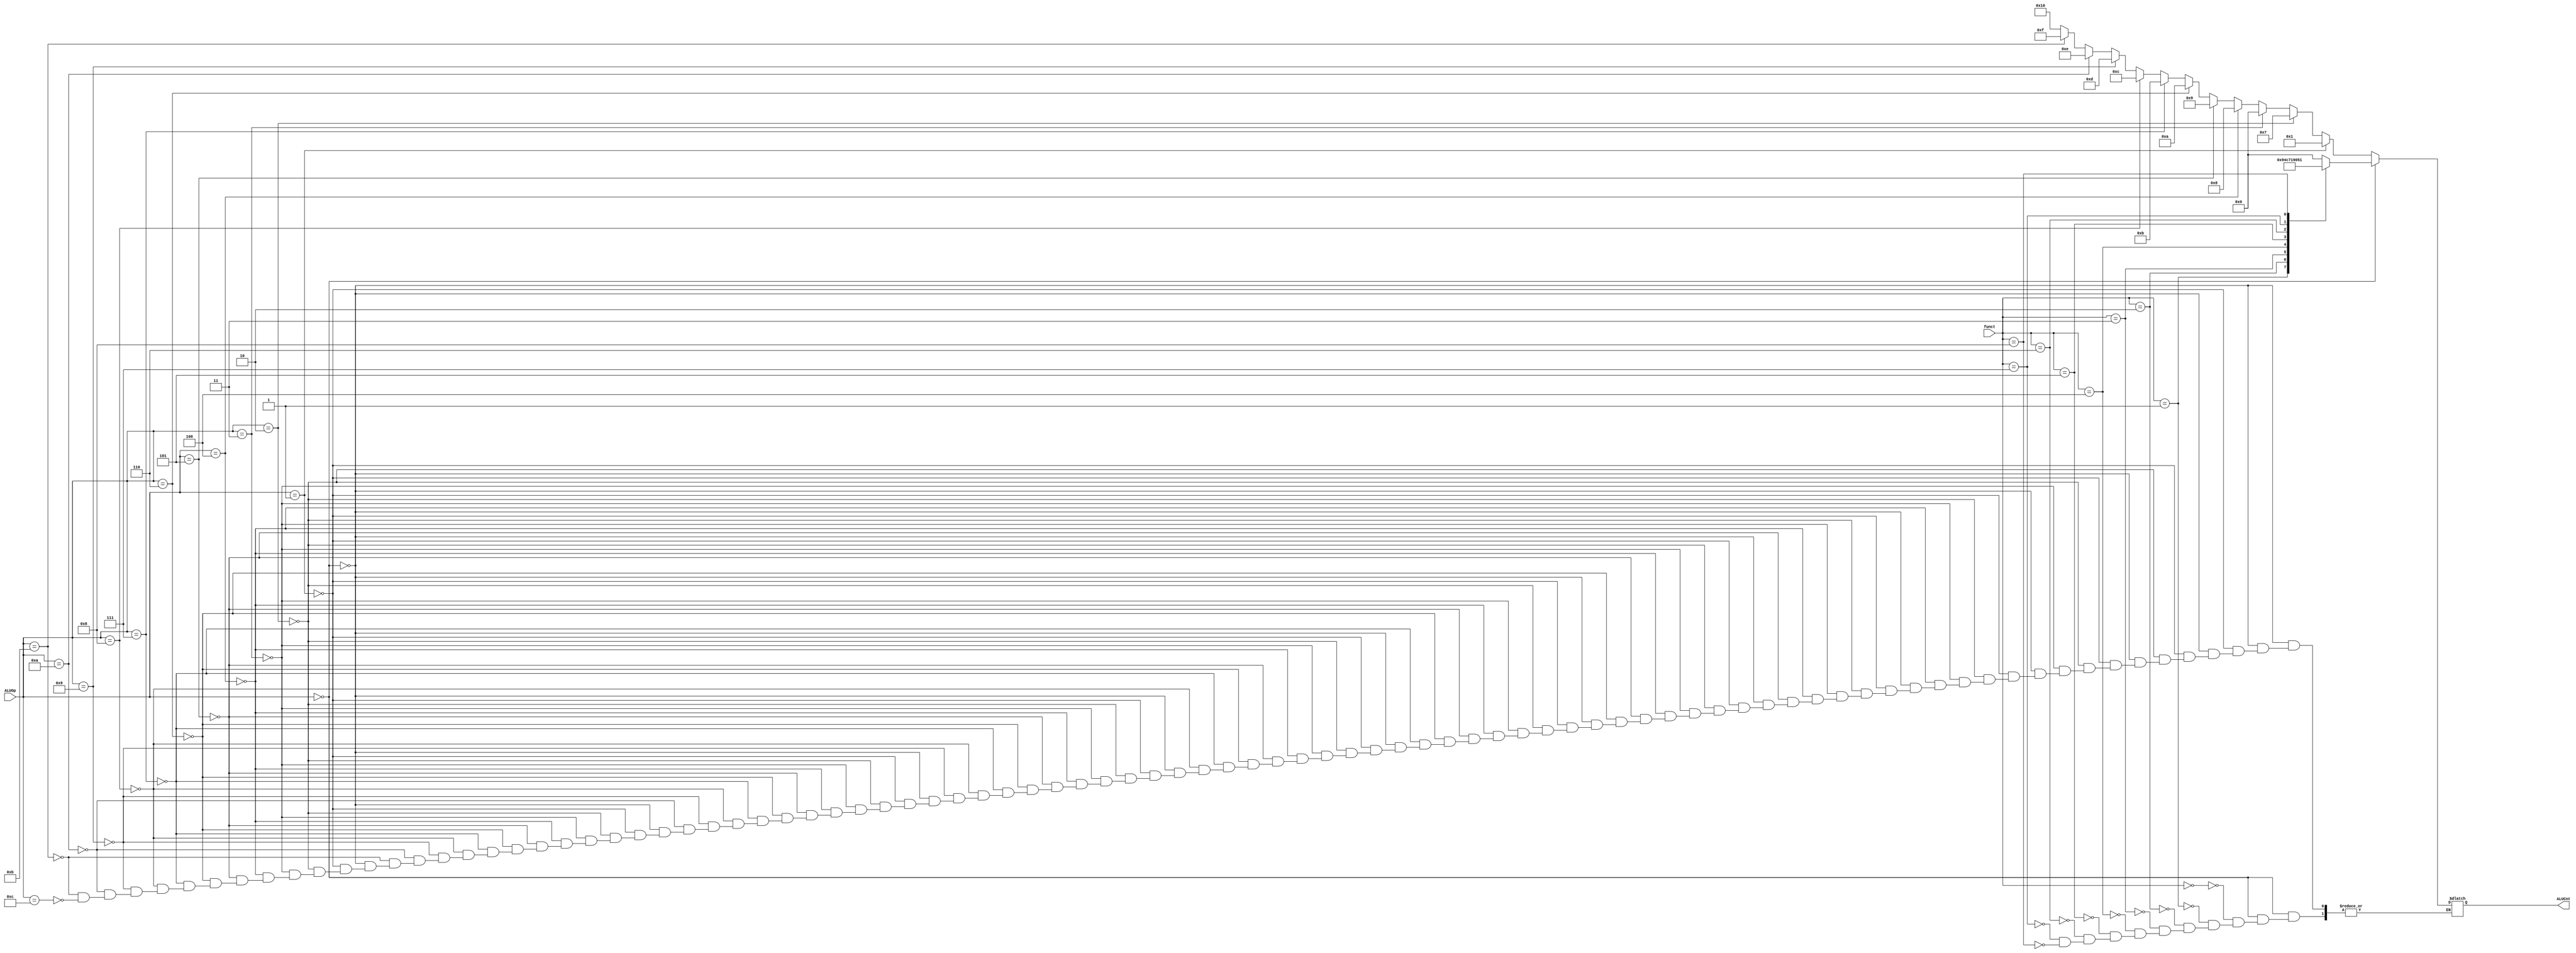
`timescale 1ns / 1ps
//////////////////////////////////////////////////////////////////////////////////
// Company: 
// Engineer: 
// 
// Design Name: 
// Module Name:    ALUControlUnit 
// Project Name: 
// Target Devices: 
// Tool versions: 
// Description: 
//
// Dependencies: 
//
// Revision: 
// Revision 0.01 - File Created
// Additional Comments: 
//
//////////////////////////////////////////////////////////////////////////////////
module ALUControlUnit(
    input [5:0] ALUOp,
    input [5:0] funct,
    output reg [4:0] ALUCnt
    );
	
always@(ALUOp or funct) begin
	if (ALUOp == 0) begin
		case(funct)
			6'b000000: begin // add
				ALUCnt = 4'b0000;
			end
			6'b000001: begin // sub 
				ALUCnt = 4'b0001;
			end
			6'b000010: begin // and
				ALUCnt = 4'b0101;
			end
			6'b000011: begin // or
				ALUCnt = 4'b0110;
			end
			6'b000100: begin // slt
				ALUCnt = 4'b0111;
			end
			6'b000101: begin // lsl
				ALUCnt = 4'b0011;
			end
			6'b000110: begin // lsr
				ALUCnt = 4'b0100;
			end
			6'b000111: begin // not
				ALUCnt = 4'b0010;
			end
			6'b001000: begin // sra
				ALUCnt = 17;
			end
		endcase
	end
	else if (ALUOp == 3'b001) // beq
		ALUCnt = 4'b0001;
	else if (ALUOp == 3'b010) // slti
		ALUCnt = 4'b0111;
	else if (ALUOp == 3'b011) // addi
		ALUCnt = 4'b0000;
	
	// -----------------------------
	else if(ALUOp == 4) begin // beq
		ALUCnt = 8;
	end
	else if(ALUOp == 5) begin // bne
		ALUCnt = 9;
	end
	else if(ALUOp == 6) begin // bgt
		ALUCnt = 10;
	end
	else if(ALUOp == 7) begin // bge
		ALUCnt = 11;
	end
	else if(ALUOp == 8) begin // blt
		ALUCnt = 12;
	end
	else if(ALUOp == 9) begin // ble
		ALUCnt = 13;
	end
	
	// -----------------------------
	else if(ALUOp == 10) begin // jump
		ALUCnt = 14;
	end
	// -----------------------------
	else if(ALUOp == 11) begin // imul
		ALUCnt = 15;
	end
	// -----------------------------
	else if(ALUOp == 12) begin // divi
		ALUCnt = 16;
	end
	// -----------------------------

end

endmodule